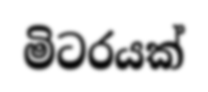
මිටරයක්